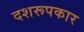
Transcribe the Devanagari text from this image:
दशरूपकार